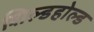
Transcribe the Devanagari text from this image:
शिल्डहोल्ड